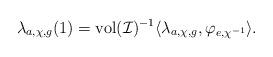
LaTeX: \begin{align*}\lambda_{a,\chi,g}(1)=\mathrm{vol}(\mathcal{I})^{-1}\langle \lambda_{a,\chi,g},\varphi_{e,\chi^{-1}}\rangle.\end{align*}